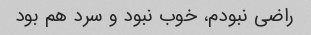
راضی نبودم، خوب نبود و سرد هم بود